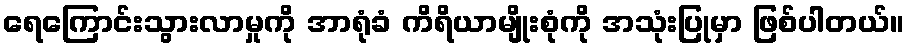
ရေကြောင်းသွားလာမှုကို အာရုံခံ ကိရိယာမျိုးစုံကို အသုံးပြုမှာ ဖြစ်ပါတယ်။